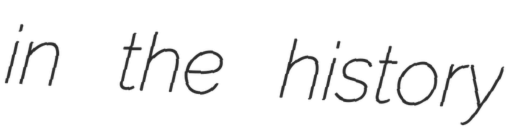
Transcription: in the history